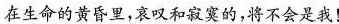
在生命的黄昏里，哀叹和寂寞的。将不会是我！